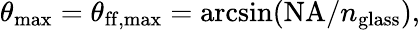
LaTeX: \theta_{\mathrm{max}}=\theta_{\mathrm{ff,max}}=\arcsin(\mathrm{NA}/n_{\mathrm{glass}}),